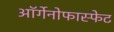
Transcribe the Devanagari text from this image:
ऑर्गेनोफास्फेट